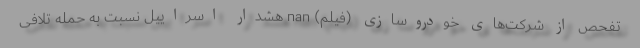
تفحص از شرکت‌های خودروسازی (فیلم) nan هشدار اسراییل نسبت به حمله تلافی